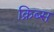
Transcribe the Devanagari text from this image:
क्रिब्स